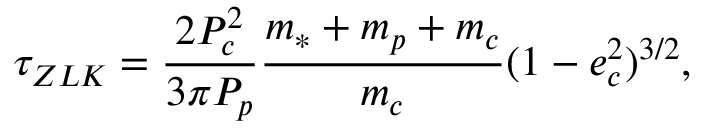
\tau _ { Z L K } = \frac { 2 P _ { c } ^ { 2 } } { 3 \pi P _ { p } } \frac { m _ { * } + m _ { p } + m _ { c } } { m _ { c } } ( 1 - e _ { c } ^ { 2 } ) ^ { 3 / 2 } ,